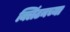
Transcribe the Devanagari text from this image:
क्लिंटनच्या